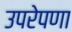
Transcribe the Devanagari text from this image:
उपरेपणा